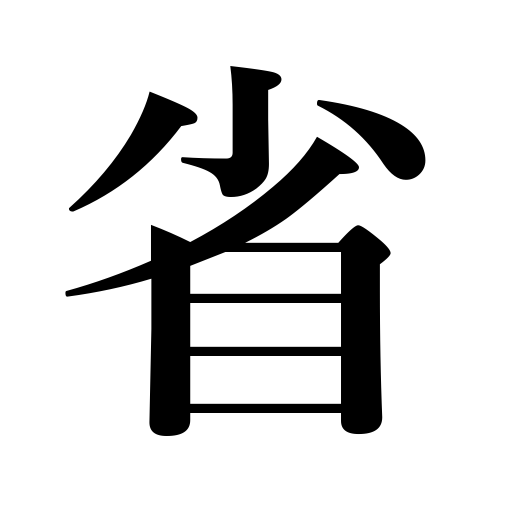
Meanings: look back,eliminate,department,take notice of,economize,ministry,curtail,look back upon,examine oneself,province in China,omit,turn around,review